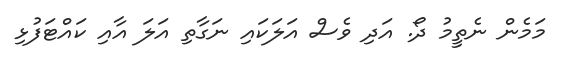
މަމެން ނެތީމު ދޯ. އަދި ވެސް އަލަކައި ނަގާތި އަލަ އާއި ކައްޓަފުޅި